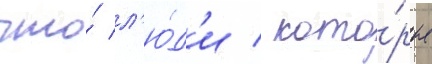
что́ л'ю́д'и / кото́рые